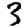
Digit: 3